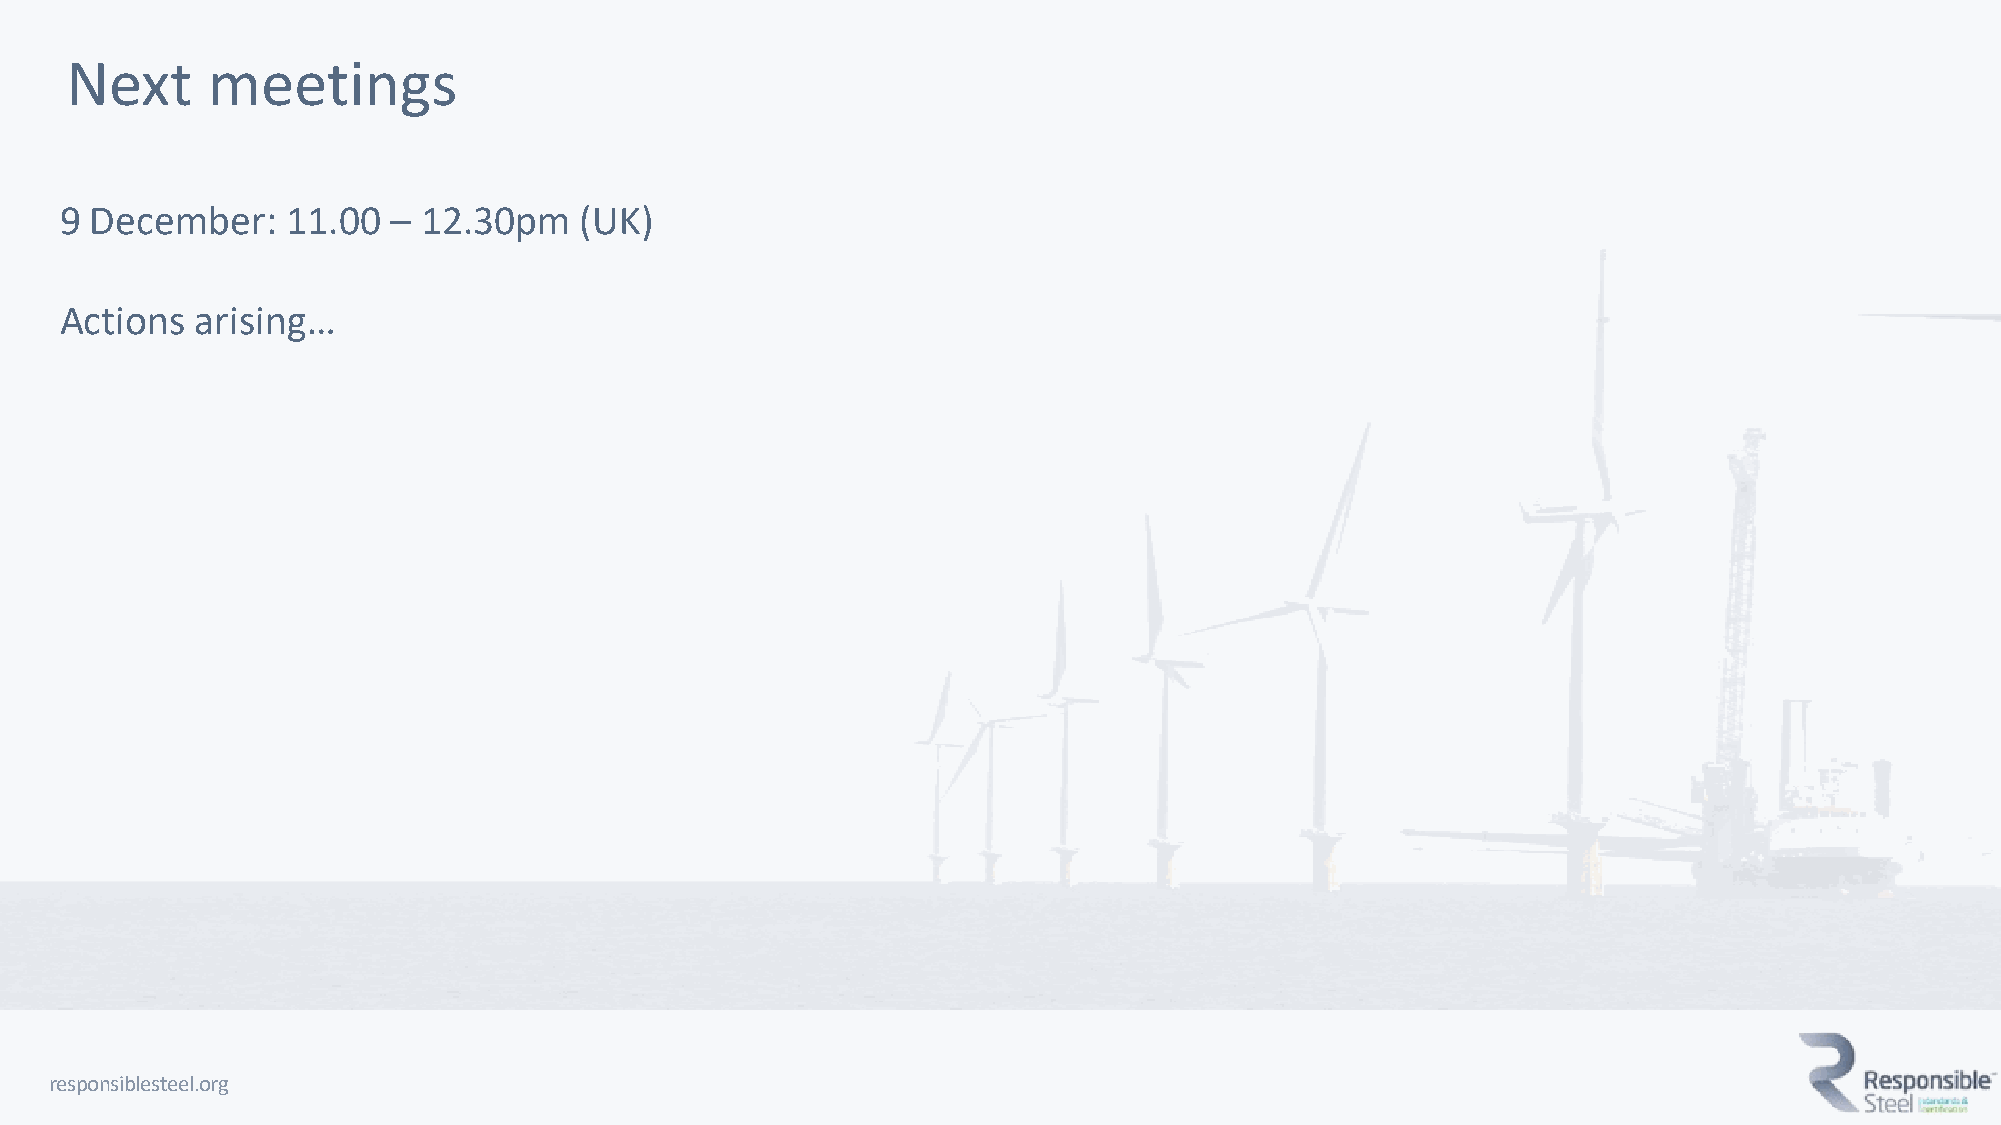
Next      meetings
 9 December:    11.00  – 12.30pm   (UK)
 Actions  arising…
 responsiblesteel.org